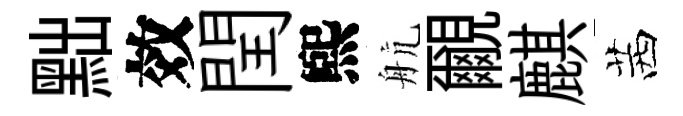
黜效閏煕航覼麒茜